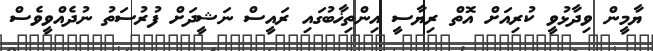
ޔާމީން ވިދާޅުވީ ކުރިއަށް އޮތް ރިޔާސީ އިންތިޚާބުގައި ރައީސް ނަޝީދަށް ފުރުސަތު ނުދެއްވީވެސް